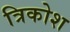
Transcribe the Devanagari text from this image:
त्रिकोश